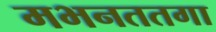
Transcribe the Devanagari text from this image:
मभनततगा